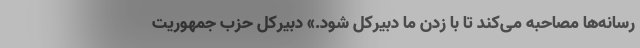
رسانه‌ها مصاحبه می‌کند تا با زدن ما دبیرکل شود.» دبیرکل حزب جمهوریت